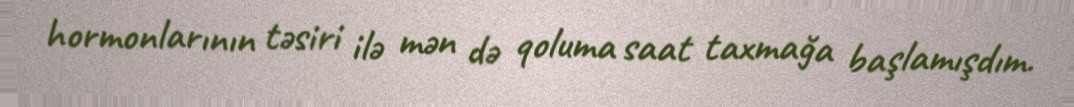
hormonlarının təsiri ilə mən də qoluma saat taxmağa başlamışdım.